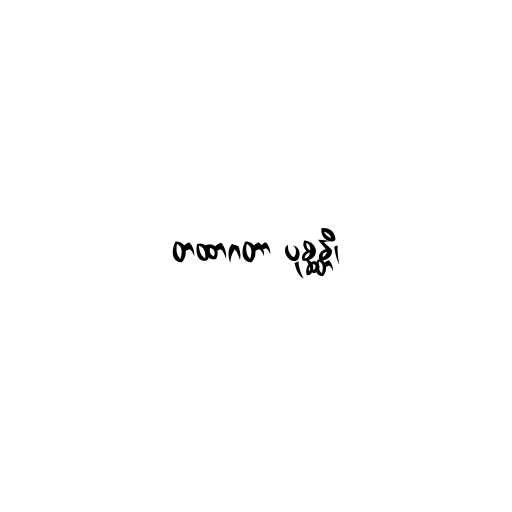
တထာဂတာ ပုစ္ဆန္တိ၊